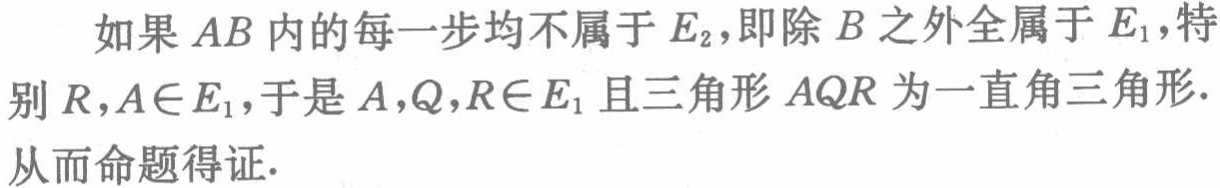
如果 \(AB\) 内的每一步均不属于 \(E_2\)，即除 \(B\) 之外全属于 \(E_1\)，特别 \(R,A\in E_1\)，于是 \(A,Q,R\in E_1\) 且三角形 \(AQR\) 为一直角三角形. 从而命题得证.